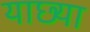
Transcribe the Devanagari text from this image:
याछ्या